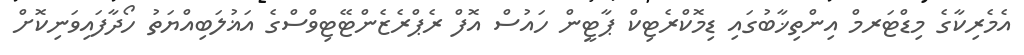
އެމެރިކާގެ މިޑްޓަރމް އިންތިޚާބުގައި ޑިމޮކްރެޓިކް ޕާޓީން ހައުސް އޮފް ރެޕްރެޒެންޓޭޓިވްސްގެ އަޣުލަބިއްޔަތު ހޯދާފައިވަނިކޮށް